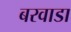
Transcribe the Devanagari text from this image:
बरवाडा